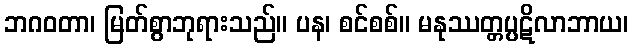
ဘဂဝတာ၊ မြတ်စွာဘုရားသည်။ ပန၊ စင်စစ်။ မနုဿတ္တပ္ပဋိလာဘာယ၊